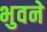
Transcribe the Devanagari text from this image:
भुवने